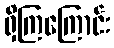
ရှိကြကြောင်း